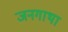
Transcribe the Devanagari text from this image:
जनगाथा